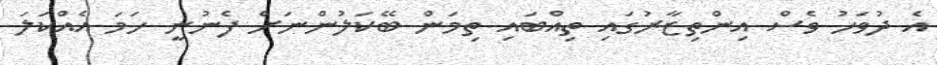
އެ ދުވަހު ވެސް އިންތިޒާރުގައި ތިއްބައި ތިމަން ބޭކަލުންނަށް ފެނުނީ ހަމަ އެއްކަލަ